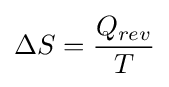
\Delta S={Q_{rev} \over T}